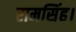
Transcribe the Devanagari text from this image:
रामसिंह।